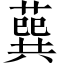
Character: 𦺈